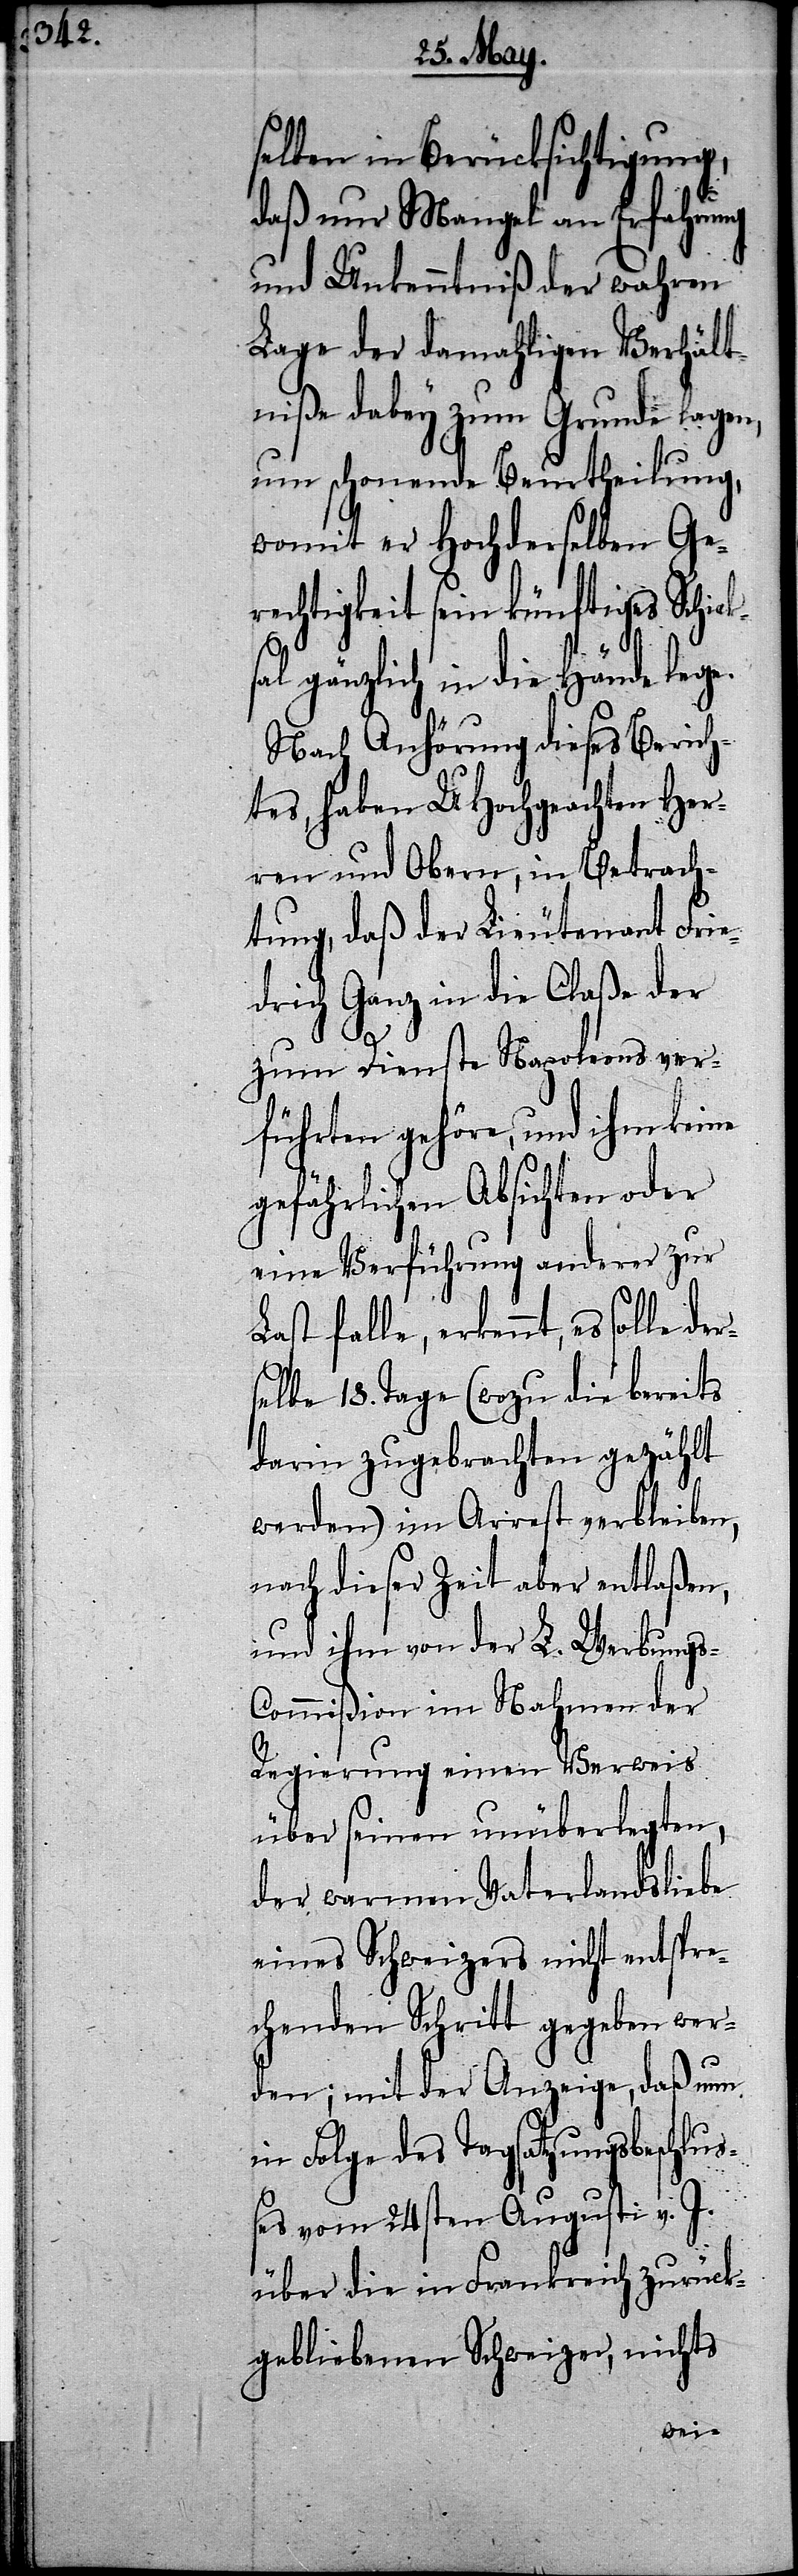
selben in Berücksichtigung,
daß nur Mangel an Erfahrung
und Unkenntniß der wahren
Lage der damahligen Verhält¬
niße dabey zum Grunde lagen,
um schonende Beurtheilung,
womit er Hochderselben Ge¬
rechtigkeit sein künftiges Schic¬
sal gänzlich in die Hände lege.
Nach Anhörung dieses Berich¬
tes, haben UHochgeachten Her¬
ren und Obern, in Betrach¬
tung, daß der Lieutenant Frie¬
drich Ganz in die Claße der
zum Dienste Napoleons ver¬
führten gehöre, und ihm keine
gefährlichen Absichten oder
eine Verführung anderer zur
Last falle, erkennt, es solle
selbe 18. Tage (wozu die bereits
darin zugebrachten gezählt
werden) im Arrest verbleiben,
nach dieser Zeit aber entlaßen,
und ihm von der L. Werbung¬
s-Commißion im Nahmen der
Regierung einen Verweis
über seinen unüberlegten,
der warmen Vaterlandsliebe
eines Schweizers nicht entspre¬
chenden Schritt gegeben wer¬
den; mit der Anzeige, daß nun
in Folge des Tagsatzungsbeschluß¬
es vom 24sten Augusti v. J.
über die in Frankreich zurück¬
gebliebenen Schweizer, nichts
der¬